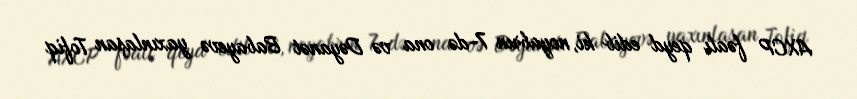
AXCP fəalı qeyd edib ki, noyabrın 7-də ona və Dəyanət Babayevə yaxınlaşan Tofiq